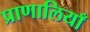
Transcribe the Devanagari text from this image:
प्राणालियाँ